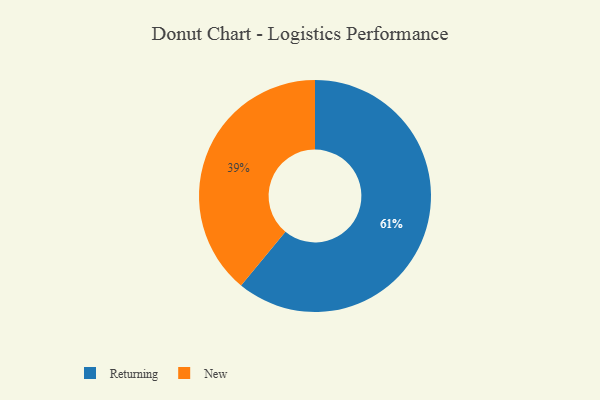
{"axis": {"x": "Category", "y": "Percentage"}, "legend": ["New", "Returning"], "data": [{"x": "New", "y": 39, "type": "New"}, {"x": "Returning", "y": 61, "type": "Returning"}]}